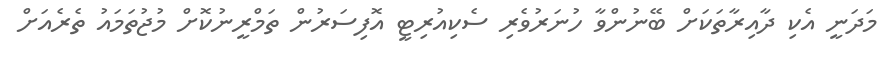
މަދަނީ އެކި ދާއިރާތަކަށް ބޭނުންވާ ހުނަރުވެރި ސެކިއުރިޓީ އޮފިސަރުން ތަމްރީނުކޮށް މުޖުތަމައު ތެރެއަށް